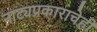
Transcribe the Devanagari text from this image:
नाट्यप्रकाराचेही